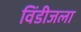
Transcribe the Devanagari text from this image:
विंडीजला